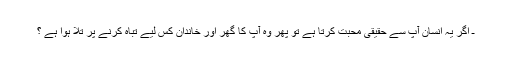
ـ اگر يہ انسان آپ سے حقيقى محبت كرتا ہے تو پھر وہ آپ كا گھر اور خاندان كس ليے تباہ كرنے پر تلا ہوا ہے ؟